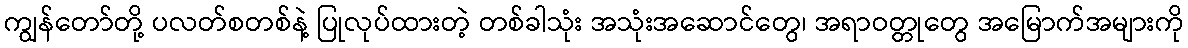
ကျွန်တော်တို့ ပလတ်စတစ်နဲ့ ပြုလုပ်ထားတဲ့ တစ်ခါသုံး အသုံးအဆောင်တွေ၊ အရာဝတ္တုတွေ အမြောက်အများကို